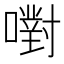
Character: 嚉